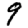
Digit: 9